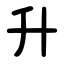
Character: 升